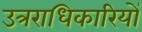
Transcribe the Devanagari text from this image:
उत्रराधिकारियों